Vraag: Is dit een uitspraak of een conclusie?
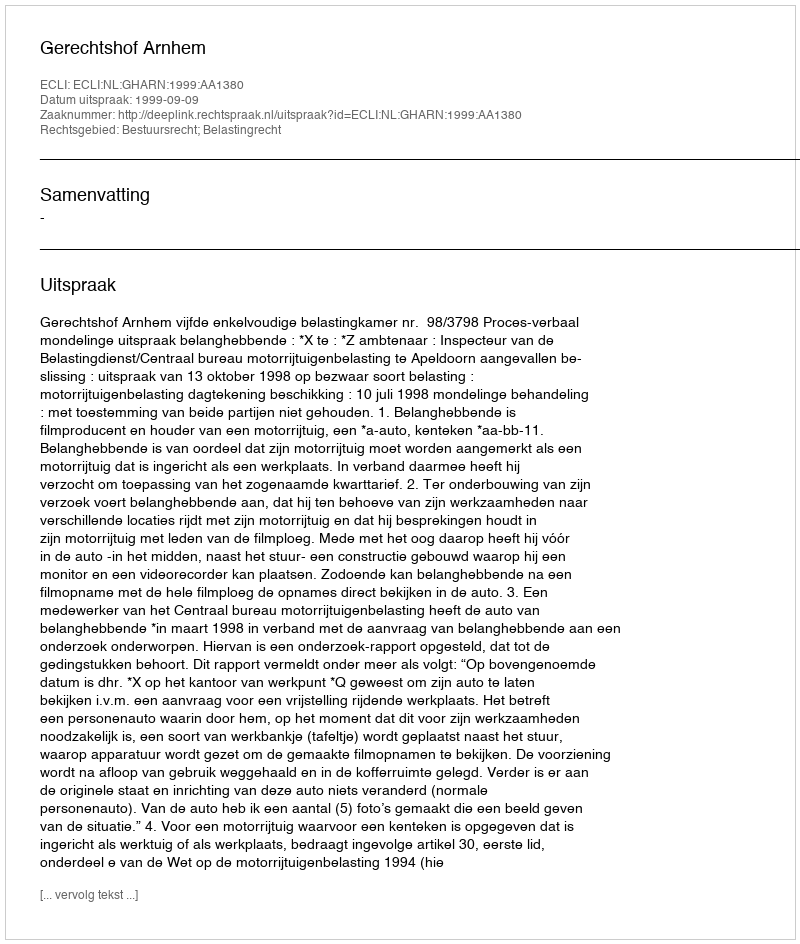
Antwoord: Uitspraak